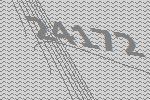
24172